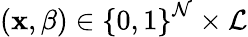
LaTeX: \left(\mathbf{x},\beta\right)\in\left\{ 0,1\right\} ^{\mathcal{N}}\times\mathcal{L}